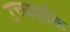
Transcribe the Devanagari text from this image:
उच्‍चशक्ति